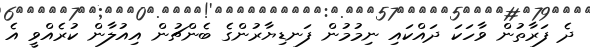
ދެ ފަރާތުން ވާހަކަ ދައްކައި ނިމުމުން ފަނޑިޔާރުންގެ ބެންޗުން އިއުލާން ކުރެއްވީ އެ